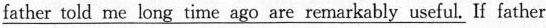
\underline{father told me long time ago are remarkably useful.} If father